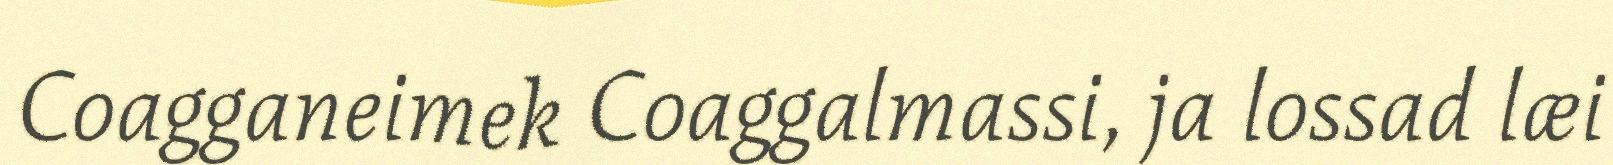
Coagganeimek Coaggalmassi, ja lossad læi